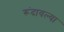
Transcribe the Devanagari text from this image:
रूंदावल्या